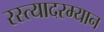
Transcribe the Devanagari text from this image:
रस्त्यादरम्यान